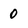
Character: 0